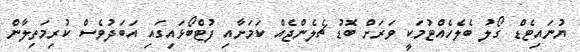
ޔުނައިޓެޑް ގޯލު ބެލެހެއްޓުމަކީ ވަރަށް ބޮޑު ޗެލެންޖެއް ކަމަށާއި ފުޓްބޯޅައިގައި އަބަދުވެސް ކުރިމަތިލާން